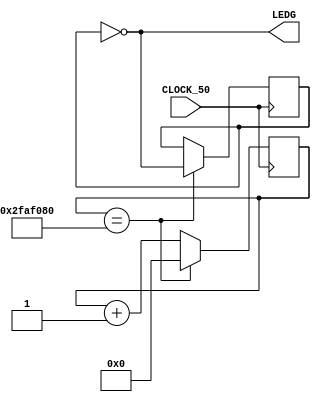
// TRABALHO 01 //
//DIEGO EZEQUIEL WICKERT//
//MARCO 2017//
//trabalho para placa FPGA, fazer piscar led a cada 1 s//

module Leds(input CLOCK_50,output [0:0]LEDG);
	reg [32:0]cont = 0;
	reg h_reg = 0;
	assign LEDG[0] = ~h_reg;
	always@(posedge CLOCK_50)
			begin
			  if(cont == 50000000)
					begin
						h_reg <= ~h_reg;
						cont <= 0;
					 end
				else
					 begin
						cont = cont + 1;
					 end
			end          
endmodule